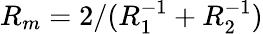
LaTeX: R_{m}=2/(R_{1}^{-1}+R_{2}^{-1})